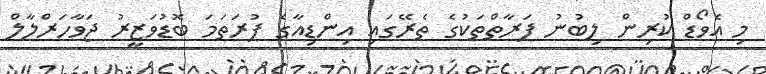
މި އެވޯޑް ކުރިން ލިބުނު ފަރާތްތަކުގެ ތެރޭގައި އިންޑިއާގެ ފުރަތަމަ ބޮޑުވަޒީރު ޖަވާހަރްލާލް